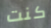
كنت